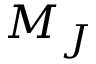
M _ { J }